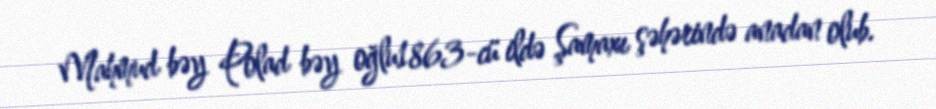
Mahmud bəy Polad bəy oğlu1863-cü ildə Şamaxı şəhərində anadan olub.